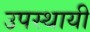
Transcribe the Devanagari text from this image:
उपस्थायी